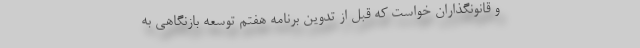
و قانونگذاران خواست که قبل از تدوین برنامه هفتم توسعه بازنگاهی به